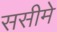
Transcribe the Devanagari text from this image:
ससीमे